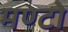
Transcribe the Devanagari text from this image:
मण्टो